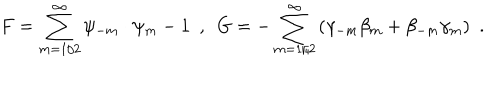
LaTeX: { F } = { \sum _ { m = 1 / 2 } ^ { \infty } \psi _ { - m } \cdot \psi _ { m } } - 1 ~ ~ , ~ ~ { G } = { - \sum _ { m = 1 / 2 } ^ { \infty } \left( \gamma _ { - m } \beta _ { m } + \beta _ { - m } \gamma _ { m } \right) } ~ ~ .